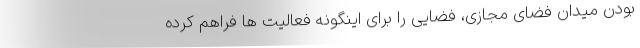
بودن میدان فضای مجازی، فضایی را برای اینگونه فعالیت ها فراهم کرده